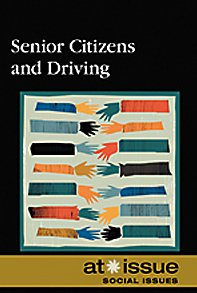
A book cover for Senior Citizens and Driving (At Issue); Tamara Thompson; Teen & Young Adult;